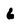
Character: 6